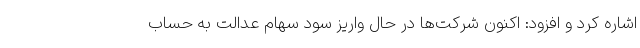
اشاره کرد و افزود: ‌اکنون شرکت‌ها در حال واریز سود سهام عدالت به حساب